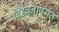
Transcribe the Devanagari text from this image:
विडंबनापर्यंत